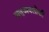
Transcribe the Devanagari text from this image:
अणुअवलोकी